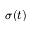
\sigma ( t )